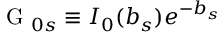
\mathrm { ~ G ~ } _ { 0 s } \equiv I _ { 0 } ( b _ { s } ) e ^ { - b _ { s } }